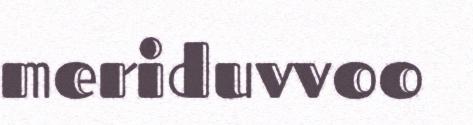
meriduvvoo